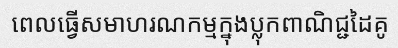
ពេលធ្វើសមាហរណកម្មក្នុងប្លុកពាណិជ្ជដៃគូ